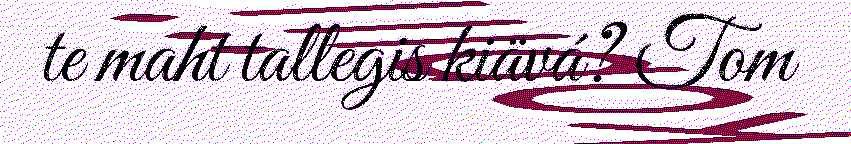
te maht tallegis kiävá? Tom